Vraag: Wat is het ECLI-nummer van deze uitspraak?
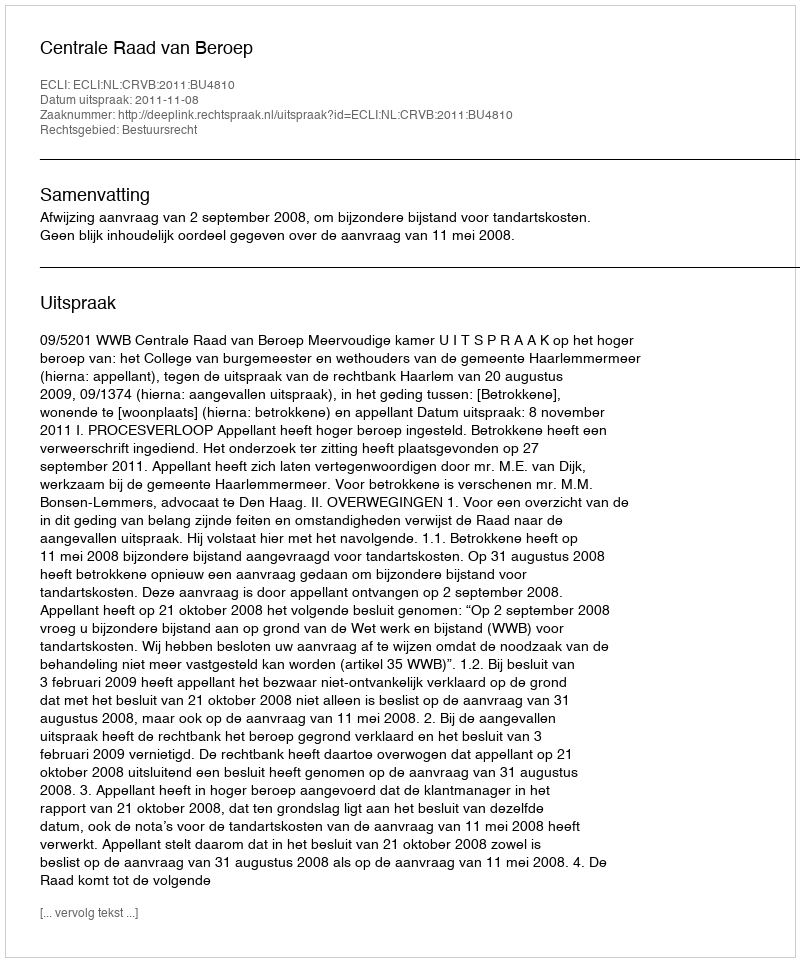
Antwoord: ECLI:NL:CRVB:2011:BU4810